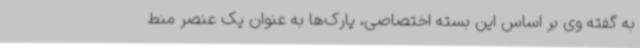
به گفته وی بر اساس این بسته اختصاصی، پارک‌ها به عنوان یک عنصر منط